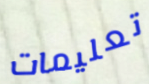
تعليمات